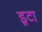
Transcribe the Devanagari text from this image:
डूटा